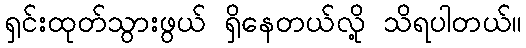
ရှင်းထုတ်သွားဖွယ် ရှိနေတယ်လို့ သိရပါတယ်။